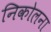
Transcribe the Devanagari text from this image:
निकोलना